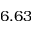
6 . 6 3